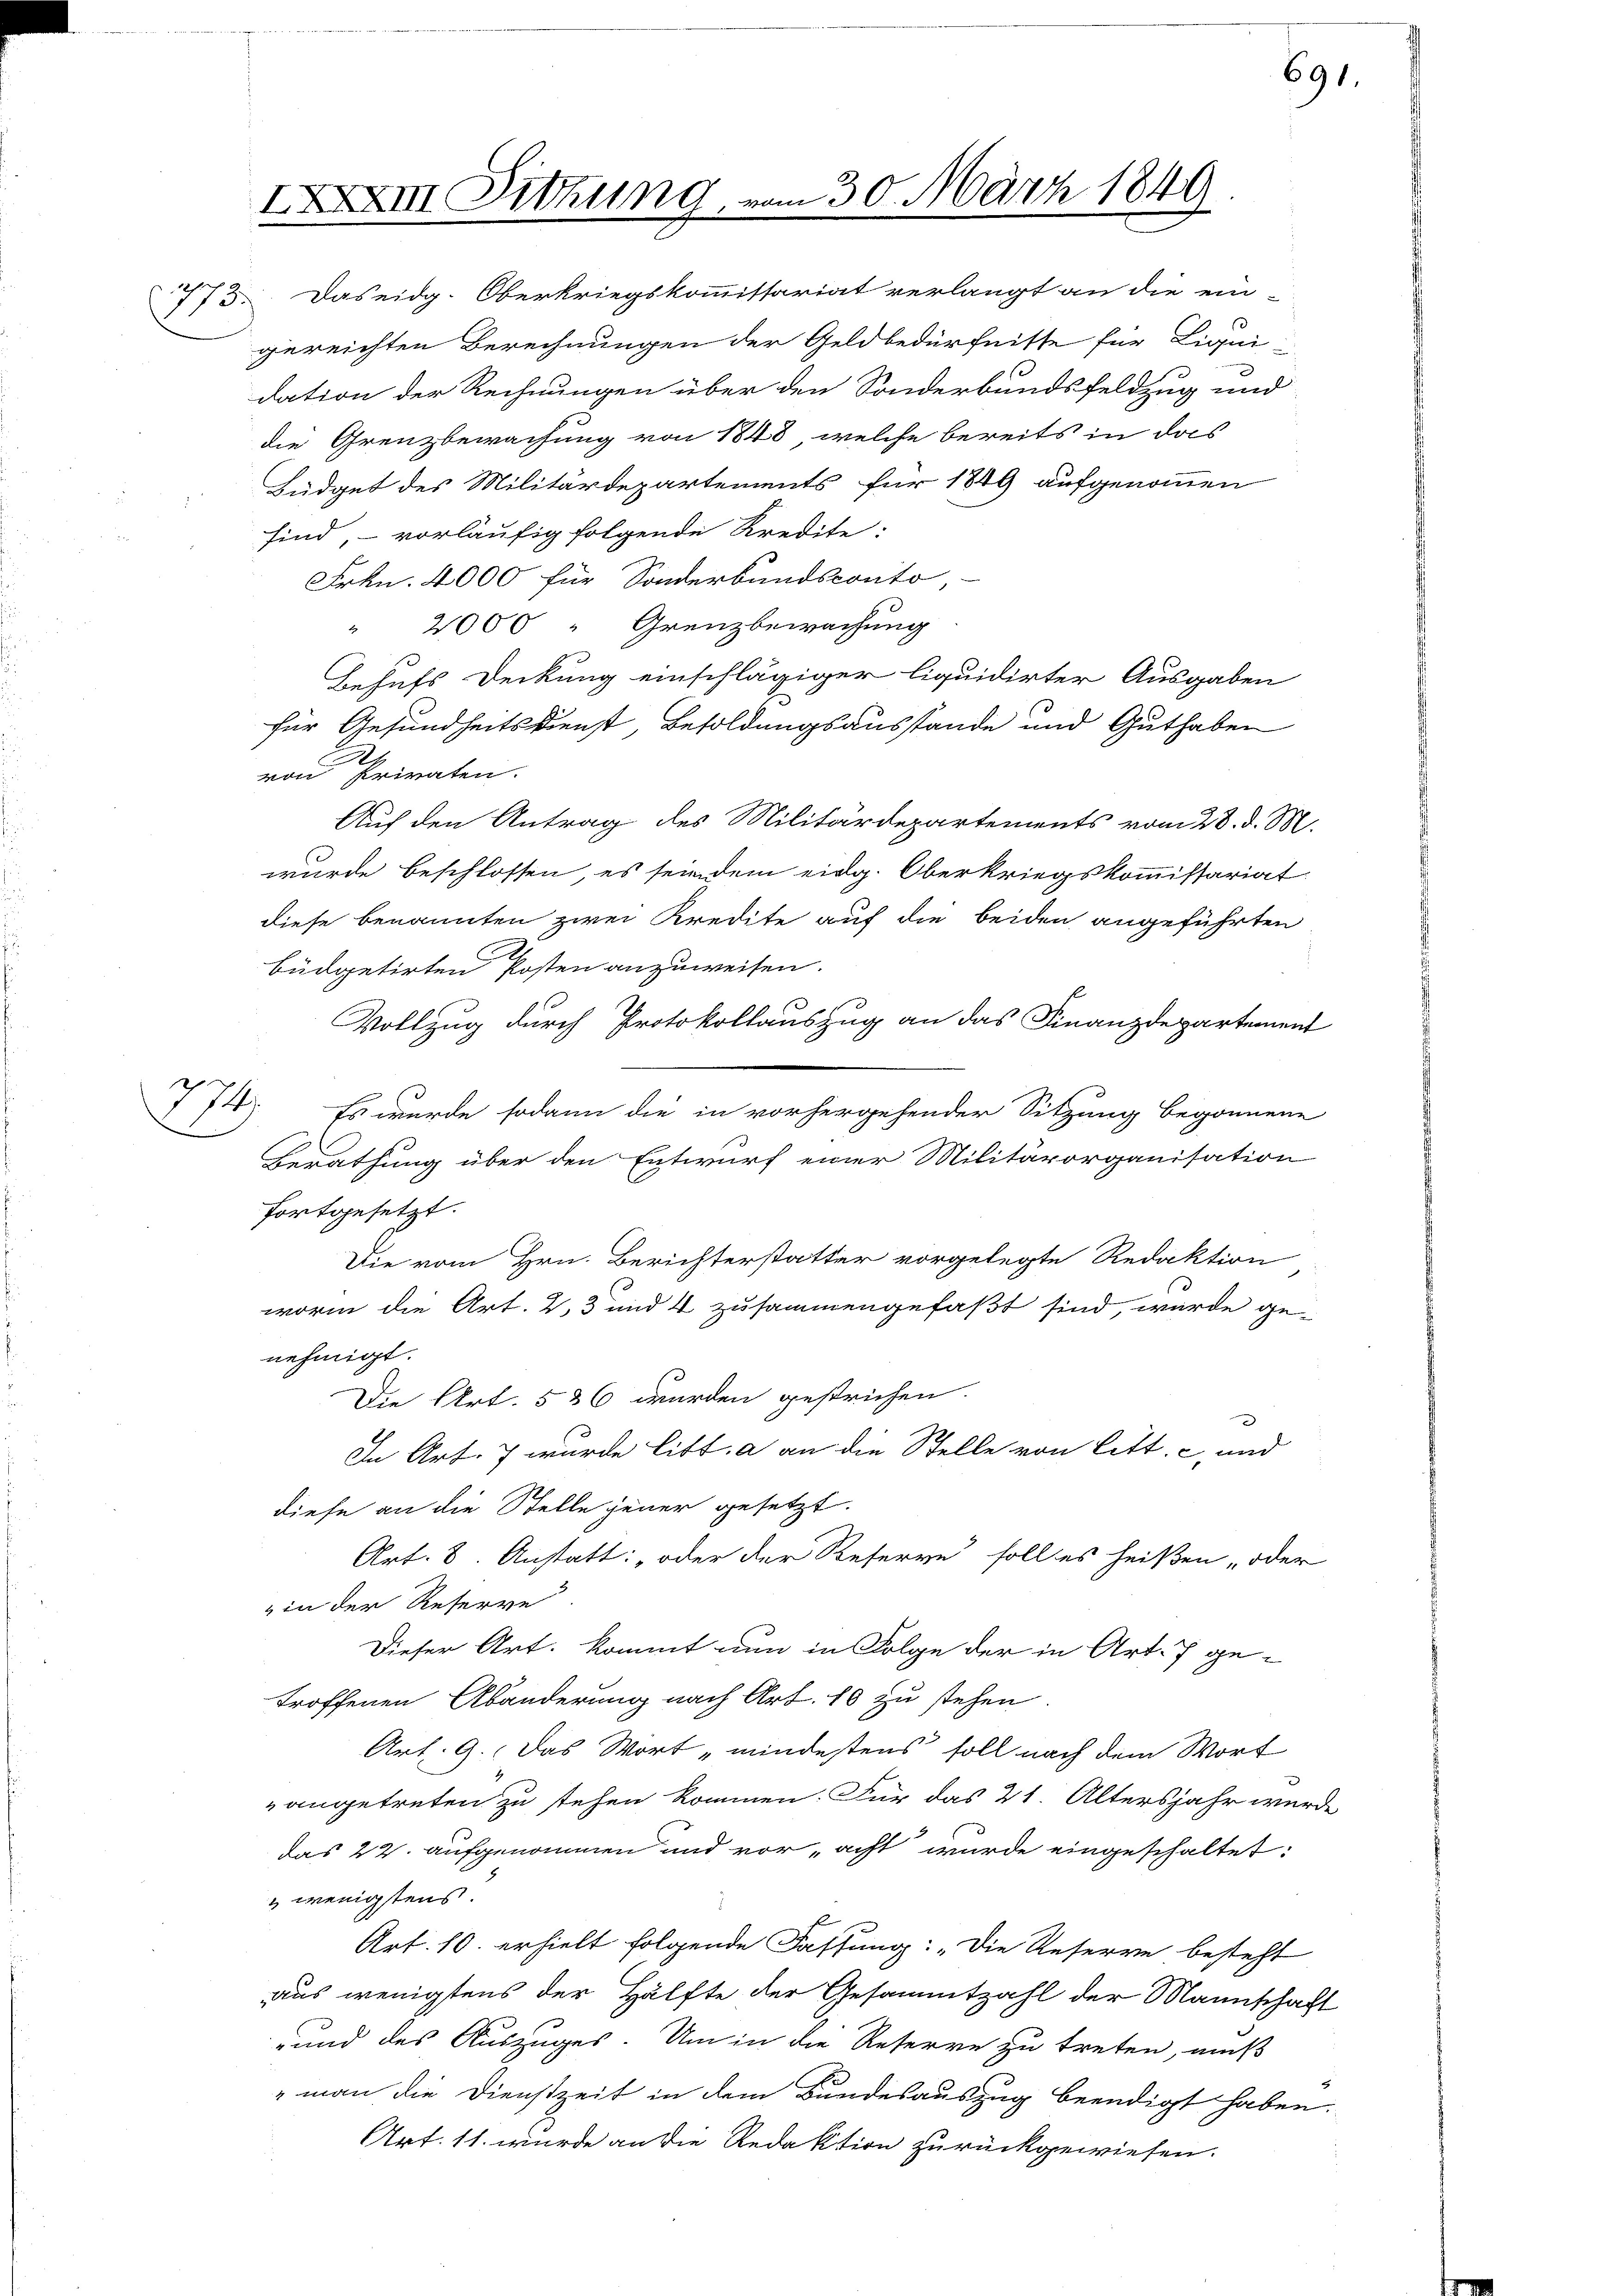
IXXI Sitzung, vom 30. März 1849
773. Das eidg. Oberkriegskommissariat verlangt an die ein

gereichten Berechnungen der Geldbedürfnisse für Liqui-
dation der Rechnungen über den Sonderbundsfeldzug und
die Grenzbewachung von 1848, welche bereits in das
Büdget des Militärdepartements für 1849 aufgenommen
sind, – vorläufig folgende Kredite:
Frkn. 4000 für Sonderbundsconto,
 2000 " Grenzbewachung
Behufs Deckung einschlägiger liquidirter Ausgaben
für Gesundheitsdienst, Besoldungsausstände und Guthaben
2
von Privaten.
Auf den Antrag des Militärdepartements vom 28. d. M.
wurde beschlossen, es sein dem eidg. Oberkriegskommissariat
diese benannten zwei Kredite auf die beiden angeführten
büdgetirten Posten anzuweisen.
Vollzug durch Protokollauszug an das Finanzdepartement
Es wurde sodann die in vorhergehender Sitzung begonnene
Berathung über den Entwurf einer Militärorganisation
fortgesetzt.
Die vom Hrn. Berichterstatter vorgelegte Redaktion
worin die Art. 2, 3 und 4 zusammengefaßt sind, wurde ge-
nehmigt.
Die Art. 536 wurden gestrichen.
2
In Art. 7 wurde litt. a an die Stelle von Litt. c und
diese an die Stelle jener gesetzt.
Art. 8. Anstatt: „oder der Reserve soll es heißen oder
in der Reserve
Dieser Art. kommt nun in Folge der in Art. 7 getroffenen Abänderung nach Art. 10 zu stehen.
Art. 9. Das Wort „mindestens soll nach dem Wort
angetreten zu stehen kommen. Für das 21. Altersjahr werd
das 22. aufgenommen und vor acht wurde eingeschaltet:
 wenigstens.
f
Art. 10. erhielt folgende Fassung: „Die Reserve besteht
aus wenigstens der Hälfte der Gesammtzahl der Mannschaf-
und des Auszuges. Um in die Reserve zu treten, muß
 man die Dienstzeit in dem Bundesauszug beendigt haben.
Art. 11. wurde an die Redaktion zurückgewiesen.

77.
E

691.